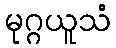
မုဂ္ဂယူသံ